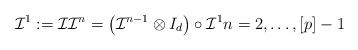
LaTeX: \begin{align*}\mathcal{I}^{1}:=\mathcal{I}\mathcal{I}^{n}=\left( \mathcal{I}^{n-1}\otimes I_{d}\right) \circ \mathcal{I}^{1}n=2,\dots ,\left[ p\right] -1 \end{align*}